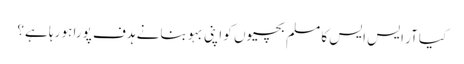
کیا آر ایس ایس کا مسلم بچیوں کو اپنی بہو بنانے ہدف پورا ہو رہا ہے؟